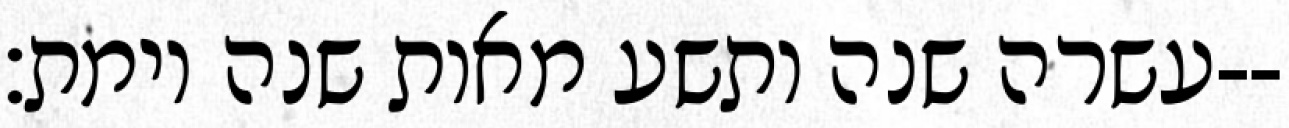
עשרה שנה ותשע מאות שנה וימת׃--